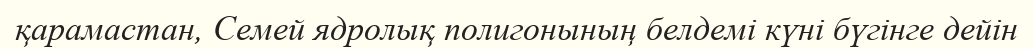
қарамастан, Семей ядролық полигонының белдемі күні бүгінге дейін